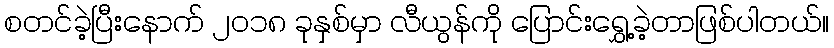
စတင်ခဲ့ပြီးနောက် ၂၀၁၈ ခုနှစ်မှာ လီယွန်ကို ပြောင်းရွှေ့ခဲ့တာဖြစ်ပါတယ်။